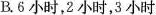
B.6小时，2小时，3小时